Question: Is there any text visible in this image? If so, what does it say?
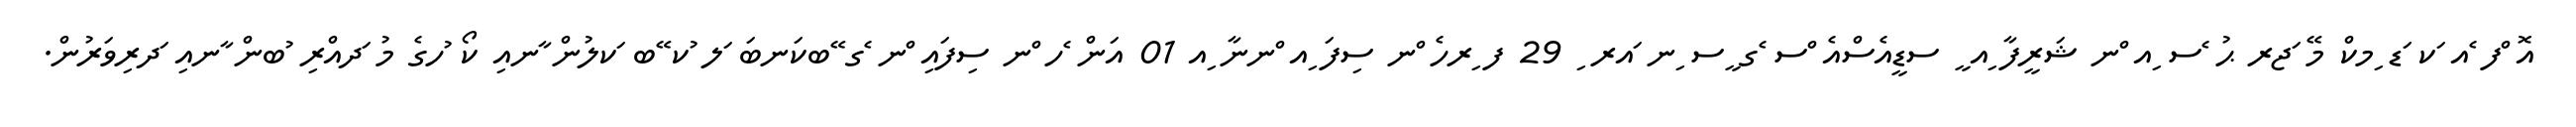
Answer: އޮ ްފ ެއ ަކ ަޑ ިމކް މޭ ަޖރ ޙު ެސ ިއ ްނ ޝަރީފާ ިއ ީ ސޑީއެސްއެ ްސ ެގ ީސ ިނ ައރ ި 29 ފ ިރހެ ްނ ސިފަ ިއ ްނނާ ިއ 01 އަން ެހ ްނ ސިފައި ްނ ެގ ޭބކަނބަ ަލ ުކ ޭބ ަކލުން ާނއި ކޯ ުހގެ މު ަދއްރި ުބން ާނއި ަދރިވަރުން.